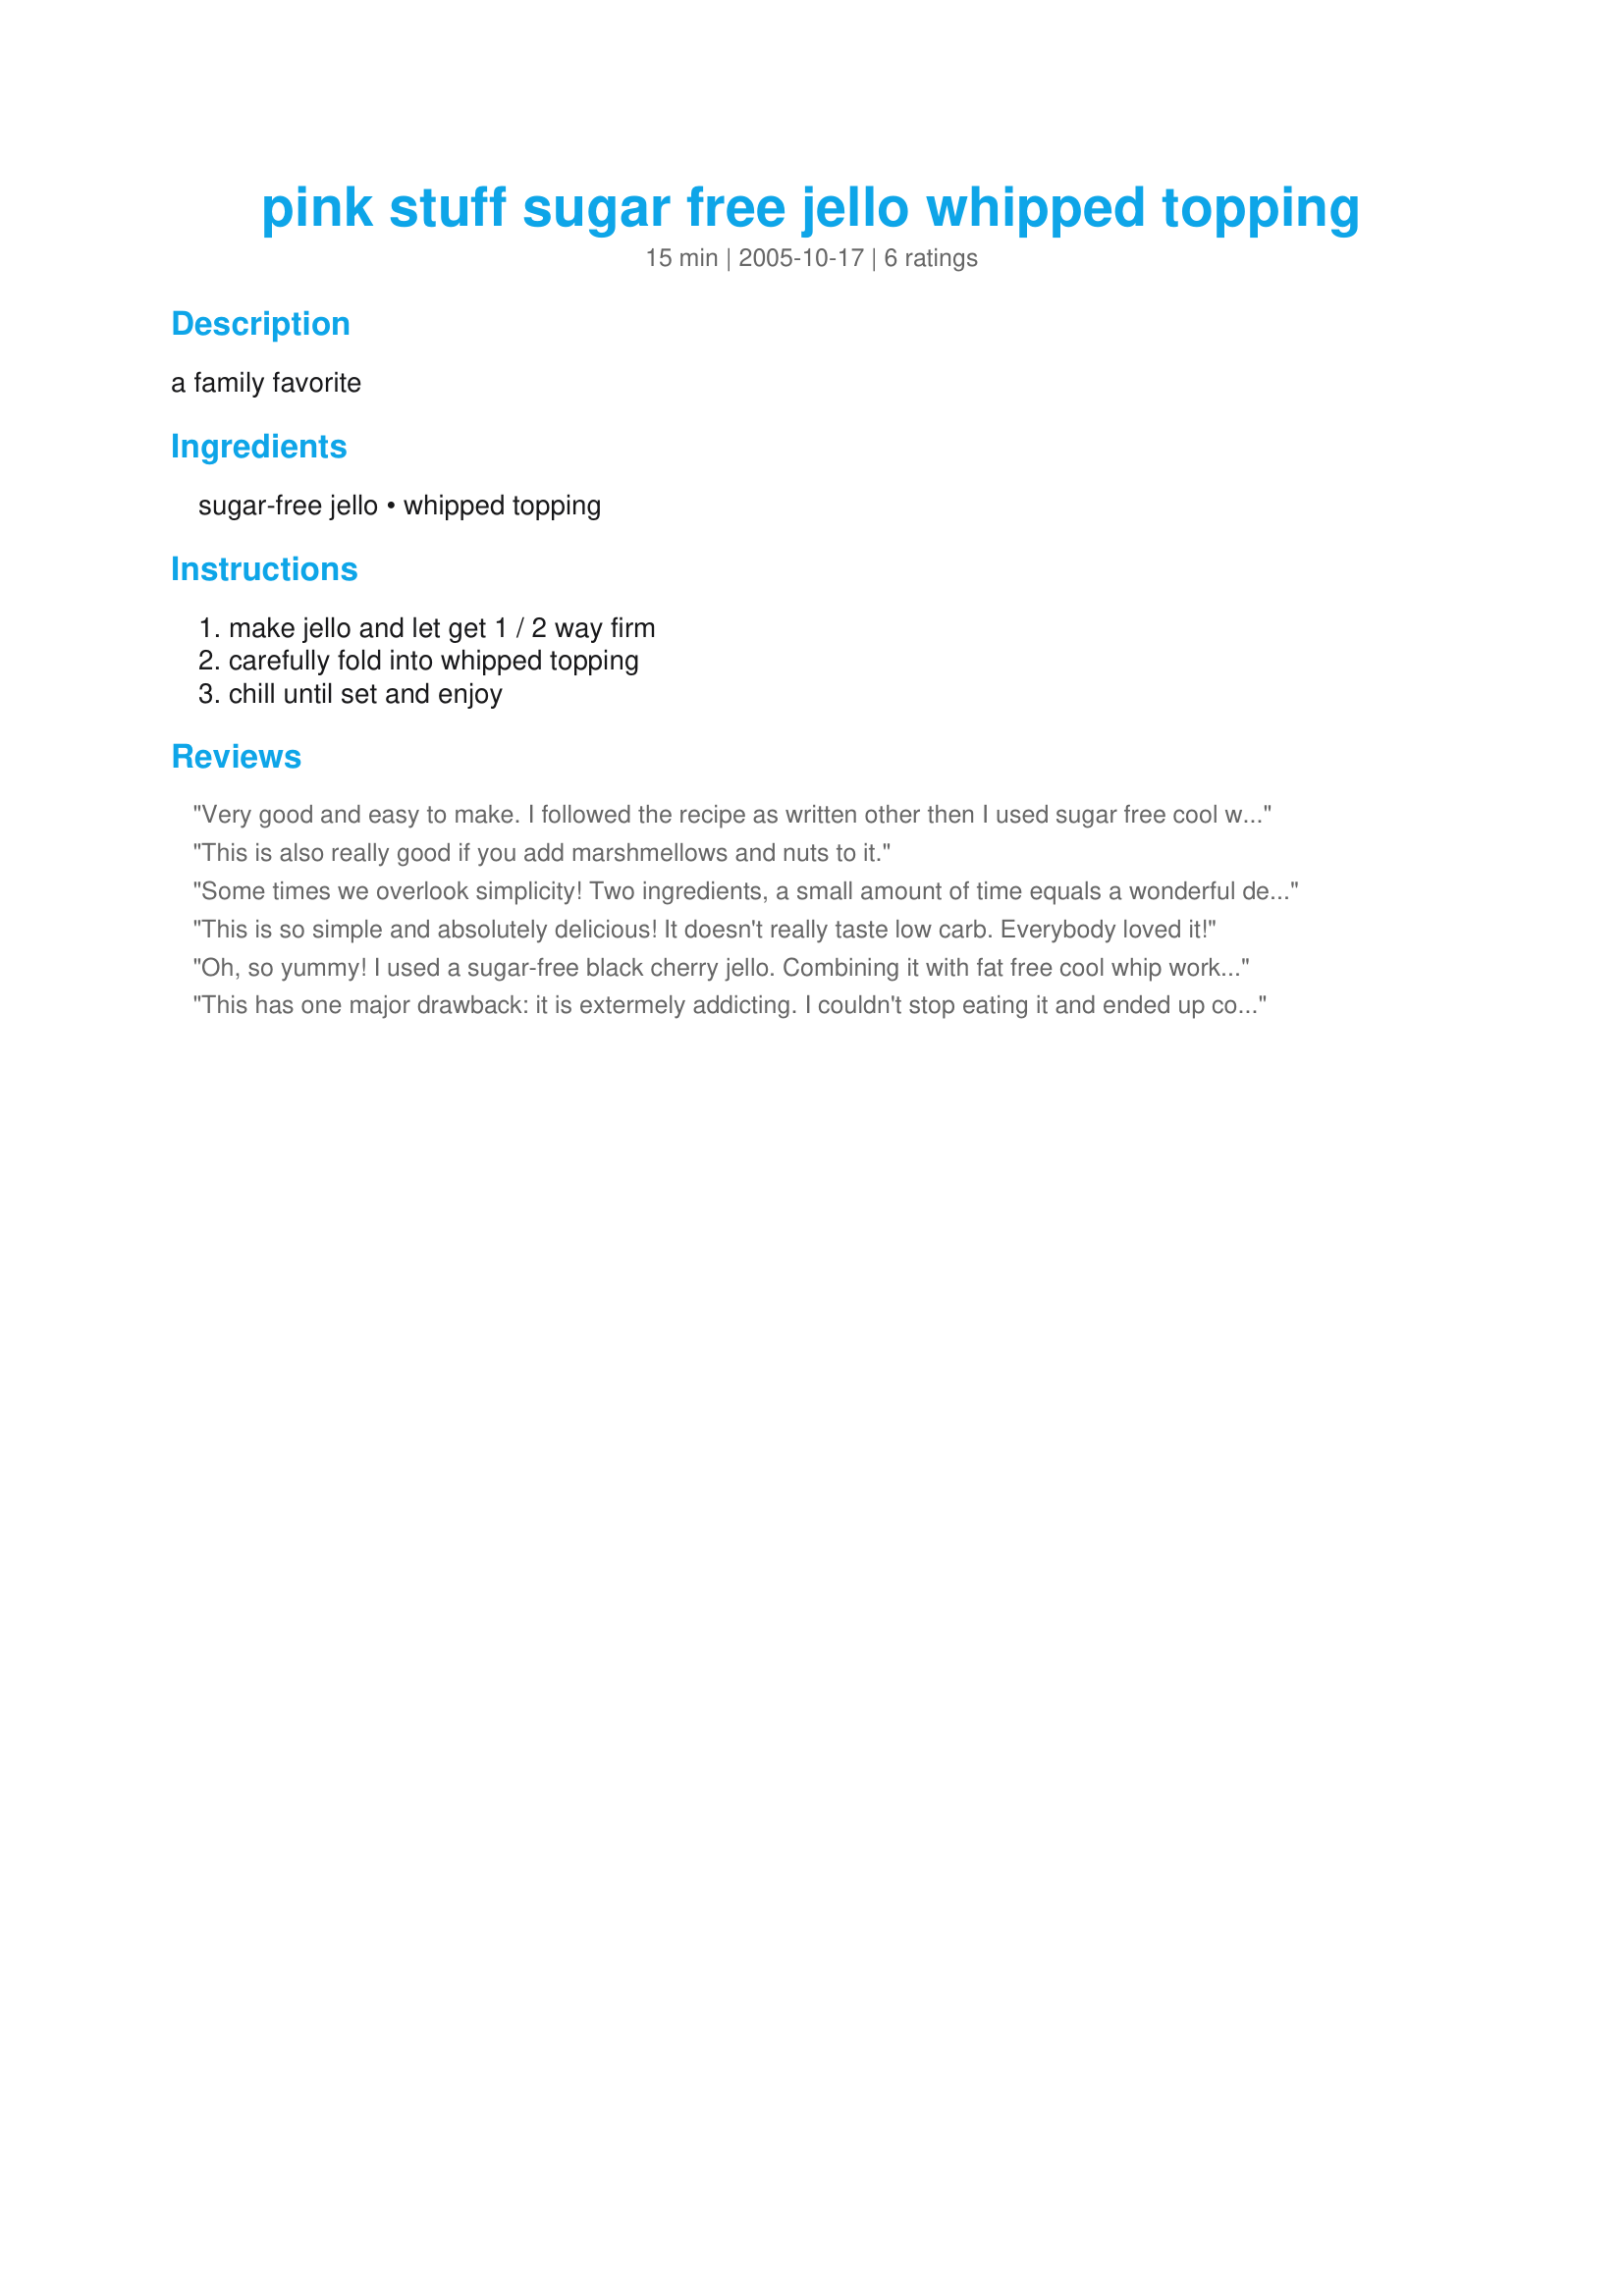
pink stuff sugar free jello whipped topping
Preparation time: 15 minutes

a family favorite

Ingredients:
sugar-free jello, whipped topping

Steps:
make jello and let get 1 / 2 way firm, carefully fold into whipped topping, chill until set and enjoy

Reviews:
Very good and easy to make. I followed the recipe as written other then I used sugar free cool whip. Yummy dessert.
This is also really good if you add marshmellows and nuts to it.
Some times we overlook simplicity! Two ingredients, a small amount of time equals a wonderful dessert! I have made two batches of this in two days!! The fam is crazy about it. Thanks. KCShell
This is so simple and absolutely delicious! It doesn't really taste low carb. Everybody loved it!
Oh, so yummy! I used a sugar-free black cherry jello. Combining it with fat free cool whip worked really well, and it's a sinfully sweet and delicious snack for very, very low (virtually no) points for those on weight watchers.
This has one major drawback: it is extermely addicting. I couldn't stop eating it and ended up consuming two tubs of Cool Whip in two days. Thanks...?
